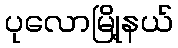
ပုလောမြို့နယ်